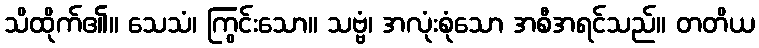
သိထိုက်၏။ သေသံ၊ ကြွင်းသော။ သဗ္ဗံ၊ အလုံးစုံသော အစီအရင်သည်။ တတိယ